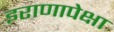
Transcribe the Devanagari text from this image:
इराणापेक्षा